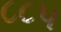
૮૮૫